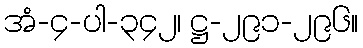
အံ-၄-ပါ-၃၄၂၊ ဋ္ဌ-၂၉၁-၂၉၆။